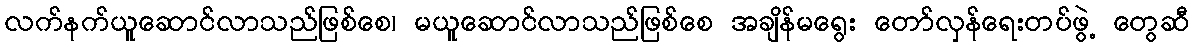
လက်နက်ယူဆောင်လာသည်ဖြစ်စေ၊ မယူဆောင်လာသည်ဖြစ်စေ အချိန်မရွေး တော်လှန်ရေးတပ်ဖွဲ့ တွေဆီ